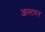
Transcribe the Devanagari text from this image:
आल्टमन